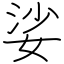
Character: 娑